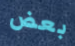
بعض